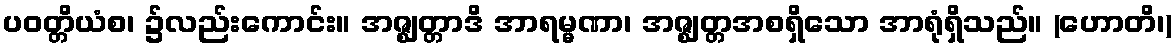
ပဝတ္တိယံစ၊ ၌လည်းကောင်း။ အဇ္ဈတ္တာဒိ အာရမ္မဏာ၊ အဇ္ဈတ္တအစရှိသော အာရုံရှိသည်။ (ဟောတိ၊)